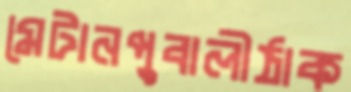
মেটানপুবালীঠাক